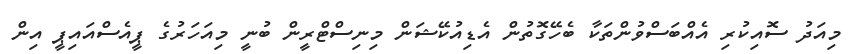
މިއަދު ސޮއިކުރި އެއްބަސްވުންތަކާ ބެހޭގޮތުން އެޑިއުކޭޝަން މިނިސްޓްރީން ބުނީ މިއަހަރުގެ ޕީއެސްއައިޕީ އިން